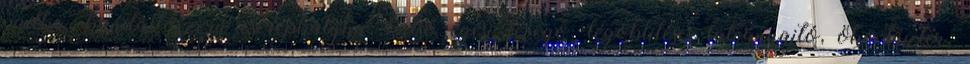
padka, kandallószerű cserépkályha, külső égési levegő, légöblítéses látványajtó, öko-tűztér,